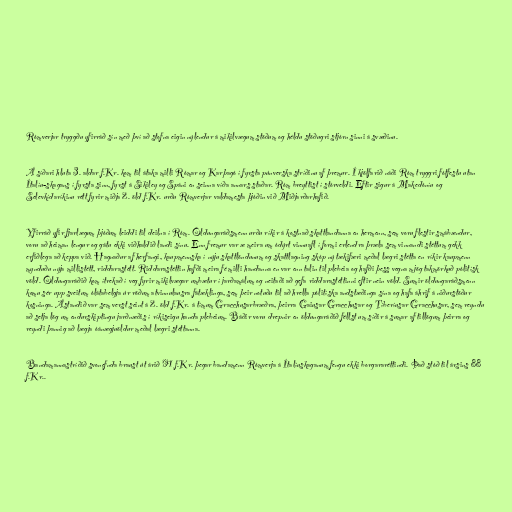
Rómverjar tryggðu yfirráð sín með því að stofna eigin nýlendur á mikilvægum stöðum og héldu stöðugri stjórn sinni á svæðinu.

Á síðari hluta 3. aldar f.Kr. kom til átaka milli Rómar og Karþagó í fyrsta púnverska stríðinu af þremur. Í kjölfarið náði Róm tryggri fótfestu utan
Ítalíu-skagans í fyrsta sinn, fyrst á Sikiley og Spáni en seinna víða annars staðar. Róm breyttist í stórveldi. Eftir sigur á Makedóníu og
Selevkídaríkinu rétt fyrir miðja 2. öld f.Kr. urðu Rómverjar valdamesta þjóðin við Miðjarðarhafið.

Yfirráð yfir fjarlægum þjóðum leiddi til deilna í Róm. Öldungaráðsmenn urðu ríkir á kostnað skattlandanna en hermenn, sem voru flestir smábændur,
voru að heiman lengur og gátu ekki viðhaldið landi sínu. Enn fremur var æ meira um ódýrt vinnuafl í formi erlendra þræla sem vinnandi stéttum gekk
erfiðlega að keppa við. Hagnaður af herfangi, kaupmennska í nýju skattlöndunum og skattlagning skóp ný tækifæri meðal lægri stétta en ríkir kaupmenn
mynduðu nýja millistétt, riddarastétt. Riddarastéttin hafði meira fé milli handanna en var enn talin til plebeia og hafði þess vegna mjög takmörkuð pólitísk
völd. Öldungaráðið kom ítrekað í veg fyrir mikilvægar umbætur í jarðamálum og neitaði að gefa riddarastéttinni eftir nein völd. Sumir öldungaráðsmenn
komu sér upp sveitum ólátabelgja úr röðum atvinnulausra fátæklinga, sem þeir notuðu til að hrella pólitíska andstæðinga sína og hafa áhrif á niðurstöður
kosninga. Ástandið var sem verst seint á 2. öld f.Kr. á tímum Gracchusarbræðra, þeirra Gaiusar Gracchusar og Tíberíusar Gracchusar, sem reyndu
að setja lög um endurskiptingu jarðnæðis í ríkiseigu handa plebeium. Báðir voru drepnir en öldungaráðið féllst um síðir á sumar af tillögum þeirra og
reyndi þannig að lægja óánægjuöldur meðal lægri stéttanna.

Bandamannastríðið svonefnda braust út árið 91 f.Kr. þegar bandamenn Rómverja á Ítalíuskaganum fengu ekki borgararéttindi. Það stóð til ársins 88
f.Kr..